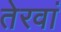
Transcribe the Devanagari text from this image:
तेरवां